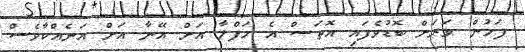
ފަހުން ވަރަށް ބޮޑުވެފައި އޮތަސް އެ ހަފްލާ އަށް އޭނާ އަށް އަނެއްކާވެސް